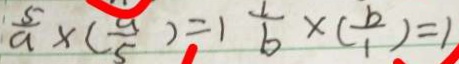
\frac { 5 } { a } \times ( \frac { a } { 5 } ) = 1 \frac { 1 } { b } \times ( \frac { b } { 1 } ) = 1